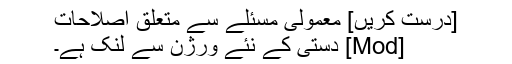
[درست کریں] معمولی مسئلے سے متعلق اصلاحات
[Mod] دستی کے نئے ورژن سے لنک ہے۔